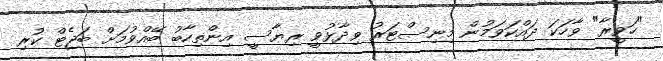
"ހަވީރާ" ވާހަކަ ދައްކަވަމުން މިނިސްޓަރު ވިދާޅުވީ ރިޔާސީ އިންތިހާބު ބޭއްވުމަށް ބަޖެޓް ކުރި